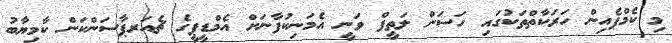
މި ކެމްޕެއިން ހަރަކާތްތަކުގައި ހަސަން ލަތީފް ވަނީ އެމަނިކުފާނަށް އެމްޑީޕީގެ ޗެއަރޕާސަންކަން ކާމިޔާބު